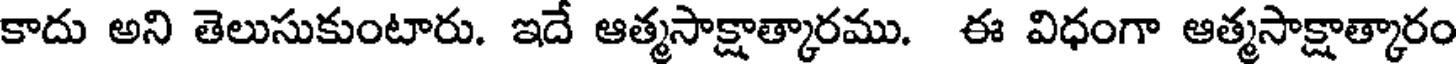
కాదు అని తెలుసుకుంటారు. ఇదే ఆత్మసాక్షాత్కారము. ఈ విధంగా ఆత్మసాక్షాత్కారం